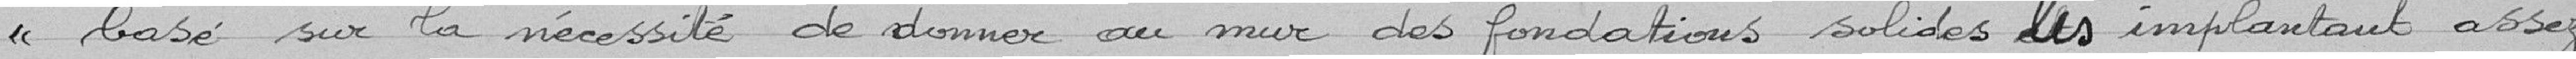
basé sur la nécessité de donner au mur des fondations solides les implants assez